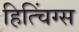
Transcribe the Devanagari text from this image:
हित्चिंग्स